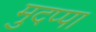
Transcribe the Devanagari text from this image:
मुदप्पा